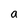
Character: a